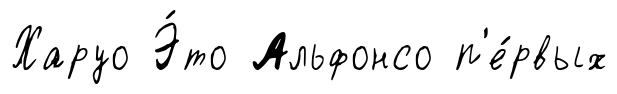
Харуо Э́то Альфонсо п'е́рвых